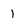
Character: 1